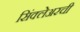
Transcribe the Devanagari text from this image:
सिंक्लेअरची